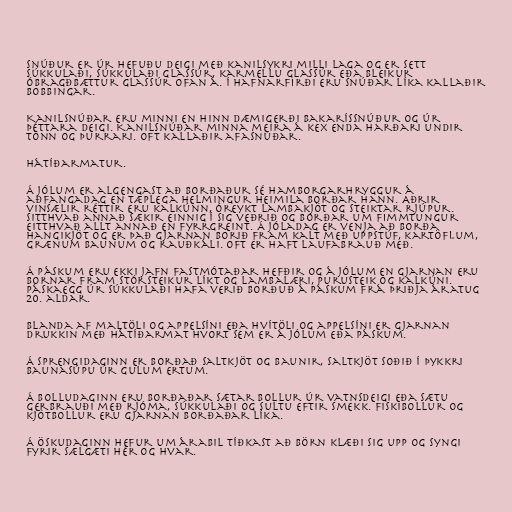
Snúður er úr hefuðu deigi með kanilsykri milli laga og er sett
súkkulaði, súkkulaði glassúr, karmellu glassúr eða bleikur
óbragðbættur glassúr ofan á. Í Hafnarfirði eru snúðar líka kallaðir
bobbingar.

Kanilsnúðar eru minni en hinn dæmigerði bakaríssnúður og úr
þéttara deigi. Kanilsnúðar minna meira á kex enda harðari undir
tönn og þurrari. Oft kallaðir afasnúðar.

Hátíðarmatur.

Á jólum er algengast að borðaður sé hamborgarhryggur á
aðfangadag en tæplega helmingur heimila borðar hann. Aðrir
vinsælir réttir eru kalkúnn, óreykt lambakjöt og steiktar rjúpur.
Sitthvað annað sækir einnig í sig veðrið og borðar um fimmtungur
eitthvað allt annað en fyrrgreint. Á jóladag er venja að borða
hangikjöt og er það gjarnan borið fram kalt með uppstúf, kartöflum,
grænum baunum og rauðkáli. Oft er haft laufabrauð með.

Á páskum eru ekki jafn fastmótaðar hefðir og á jólum en gjarnan eru
bornar fram stórsteikur líkt og lambalæri, purusteik og kalkúni.
Páskaegg úr súkkulaði hafa verið borðuð á páskum frá þriðja áratug
20. aldar.

Blanda af maltöli og appelsíni eða hvítöli og appelsíni er gjarnan
drukkin með hátíðarmat hvort sem er á jólum eða páskum.

Á sprengidaginn er borðað saltkjöt og baunir, saltkjöt soðið í þykkri
baunasúpu úr gulum ertum.

Á bolludaginn eru borðaðar sætar bollur úr vatnsdeigi eða sætu
gerbrauði með rjóma, súkkulaði og sultu eftir smekk. Fiskibollur og
kjötbollur eru gjarnan borðaðar líka.

Á öskudaginn hefur um árabil tíðkast að börn klæði sig upp og syngi
fyrir sælgæti hér og hvar.